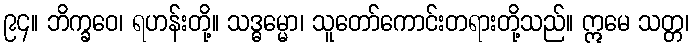
၉၄။ ဘိက္ခဝေ၊ ရဟန်းတို့။ သဒ္ဓမ္မော၊ သူတော်ကောင်းတရားတို့သည်။ ဣမေ သတ္တ၊